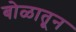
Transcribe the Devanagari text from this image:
बोळातून